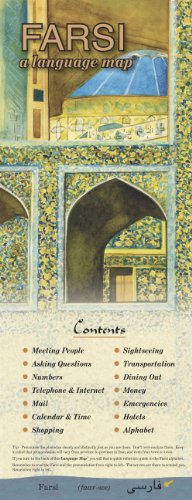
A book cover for FARSI a language mapÂ®; Kristine K. Kershul; Travel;